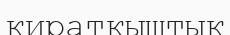
қиратқыштық